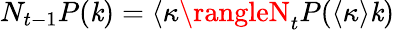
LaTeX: N_{t-1}P(\mathit{k})=\langle\kappa\rangleN_{t}P(\langle\kappa\rangle\mathit{k})